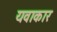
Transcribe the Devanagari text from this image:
यवाकार